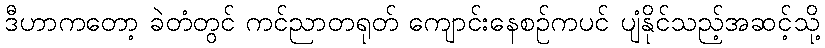
ဒီဟာကတော့ ခဲတံတွင် ကင်ညာတရုတ် ကျောင်းနေစဉ်ကပင် ပျံနိုင်သည့်အဆင့်သို့